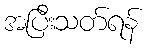
အပြီးသတ်ရန်